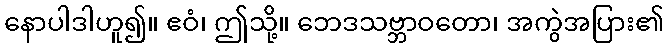
နောပါဒါဟူ၍။ ဧဝံ၊ ဤသို့။ ဘေဒသဗ္ဘာဝတော၊ အကွဲအပြား၏